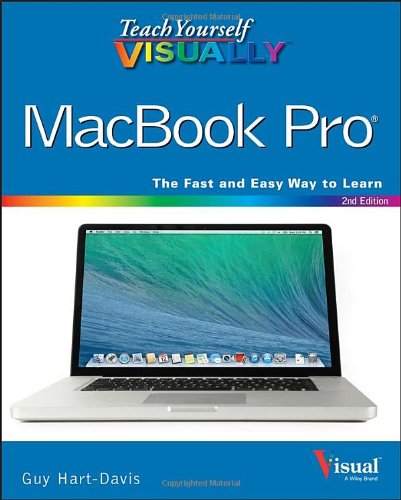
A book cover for Teach Yourself VISUALLY MacBook Pro; Guy Hart-Davis; Computers & Technology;